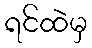
ရင်ထဲမှ